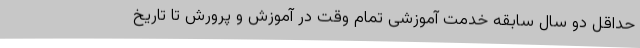
حداقل دو سال سابقه خدمت آموزشی تمام وقت در آموزش و پرورش تا تاریخ